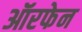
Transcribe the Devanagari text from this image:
ऑरफेन